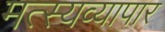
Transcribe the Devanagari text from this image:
मत्स्यव्यापार